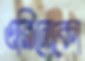
ওরিনোকো